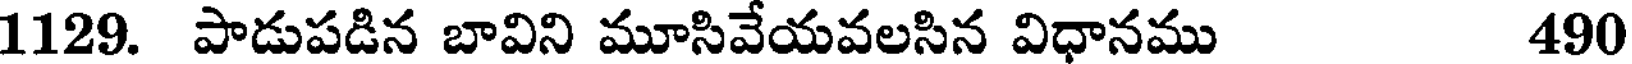
1129. పాడుపడిన బావిని మూసివేయవలసిన విధానము 490